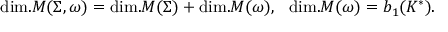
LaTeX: \mathrm { d i m . } { \cal M } ( \Sigma , \omega ) = \mathrm { d i m . } { \cal M } ( \Sigma ) + \mathrm { d i m . } { \cal M } ( \omega ) , { } ~ ~ \mathrm { d i m . } { \cal M } ( \omega ) = b _ { 1 } ( K ^ { \ast } ) .